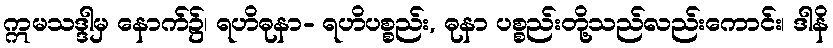
ဣမသဒ္ဒါမှ နောက်၌၊ ရဟိဓုနာ- ရဟိပစ္စည်း, ဓုနာ ပစ္စည်းတို့သည်လည်းကောင်း၊ ဒါနိ